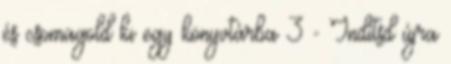
és csomagold ki egy könyvtárba 3 - Indítsd újra